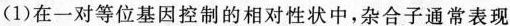
(1)在一对等位基因控制的相对性状中，杂合子通常表现